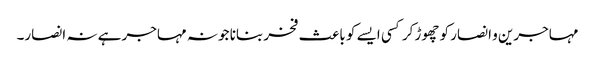
مہاجرین و انصار کو چھوڑ کر کسی ایسے کو باعث فخر بنانا جو نہ مہاجر ہے نہ انصار۔